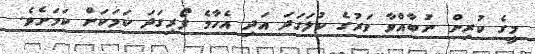
މީގެ ކުރިން ނުބާއްވާ ވަރުގެ ކުލަގަދަ އަދި އެހާމެ ފޯރިގަދަ ކަމަކަށް ކަމަށެވެ.